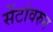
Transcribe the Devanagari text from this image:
सेंटांवरुन